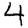
Digit: 4